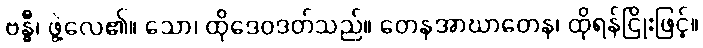
ဗန္ဓီ၊ ဖွဲ့လေ၏။ သော၊ ထိုဒေဝဒတ်သည်။ တေနအာဃာတေန၊ ထိုရန်ငြိုးဖြင့်။